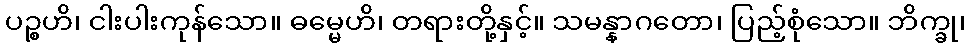
ပဉ္စဟိ၊ ငါးပါးကုန်သော။ ဓမ္မေဟိ၊ တရားတို့နှင့်။ သမန္နာဂတော၊ ပြည့်စုံသော။ ဘိက္ခု၊